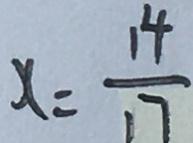
x = \frac { 1 4 } { 1 7 }